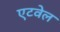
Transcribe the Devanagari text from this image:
एटवेल